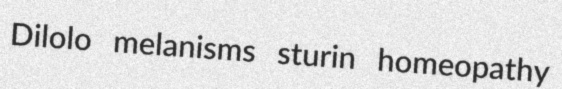
Dilolo melanisms sturin homeopathy